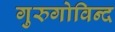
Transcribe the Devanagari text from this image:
गुरुगोविन्द